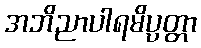
အဘိညာပါရမိပ္ပတ္တာ